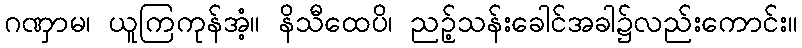
ဂဏှာမ၊ ယူကြကုန်အံ့။ နိသီထေပိ၊ ညဉ့်သန်းခေါင်အခါ၌လည်းကောင်း။